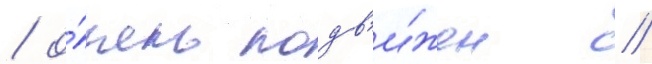
/ о́чень подв'и́жен //